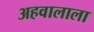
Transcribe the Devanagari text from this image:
अहवालाला